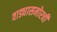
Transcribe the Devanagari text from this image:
वाड्यासमोरची